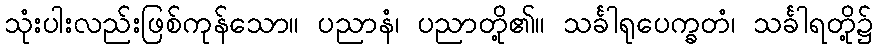
သုံးပါးလည်းဖြစ်ကုန်သော။ ပညာနံ၊ ပညာတို့၏။ သင်္ခါရုပေက္ခတံ၊ သင်္ခါရတို့၌